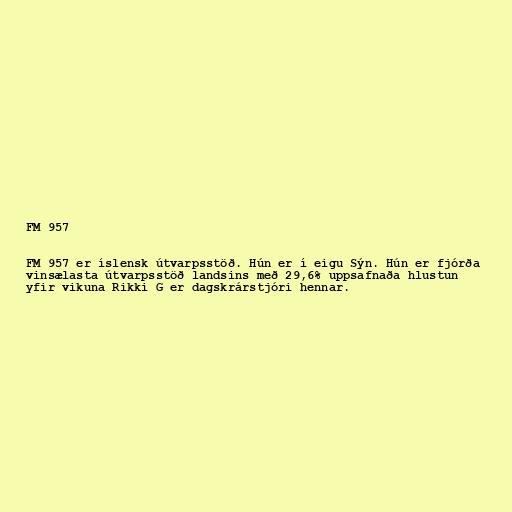
FM 957

FM 957 er íslensk útvarpsstöð. Hún er í eigu Sýn. Hún er fjórða
vinsælasta útvarpsstöð landsins með 29,6% uppsafnaða hlustun
yfir vikuna Rikki G er dagskrárstjóri hennar.